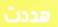
هددت